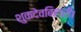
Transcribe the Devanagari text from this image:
शुकदेवबिहारी।